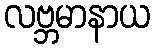
လဗ္ဘမာနာယ